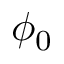
\phi _ { 0 }